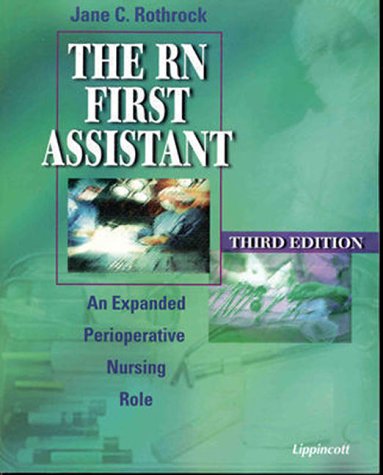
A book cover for The RN First Assistant: An Expanded Perioperative Nursing Role; Jane C. Rothrock; Medical Books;